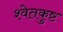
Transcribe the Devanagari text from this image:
श्वेतकुष्ट